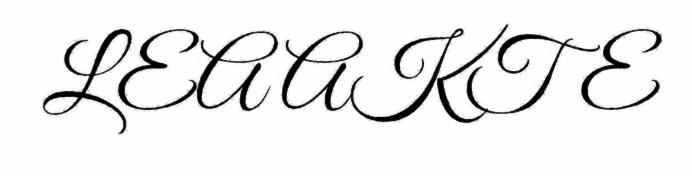
LEA AKTE